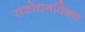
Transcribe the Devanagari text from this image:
संशोधनविषय